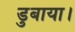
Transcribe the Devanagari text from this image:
डुबाया।